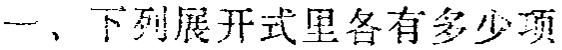
一、下列展开式里各有多少项